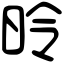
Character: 昤